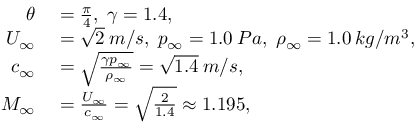
\begin{array} { r l } { \theta } & { { } = \frac { \pi } { 4 } , \; \gamma = 1 . 4 , } \\ { U _ { \infty } } & { { } = \sqrt { 2 } \: m / s , \; p _ { \infty } = 1 . 0 \: P a , \; \rho _ { \infty } = 1 . 0 \: k g / m ^ { 3 } , } \\ { c _ { \infty } } & { { } = \sqrt { \frac { \gamma p _ { \infty } } { \rho _ { \infty } } } = \sqrt { 1 . 4 } \: m / s , } \\ { M _ { \infty } } & { { } = \frac { U _ { \infty } } { c _ { \infty } } = \sqrt { \frac { 2 } { 1 . 4 } } \approx 1 . 1 9 5 , } \end{array}